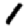
Digit: 1